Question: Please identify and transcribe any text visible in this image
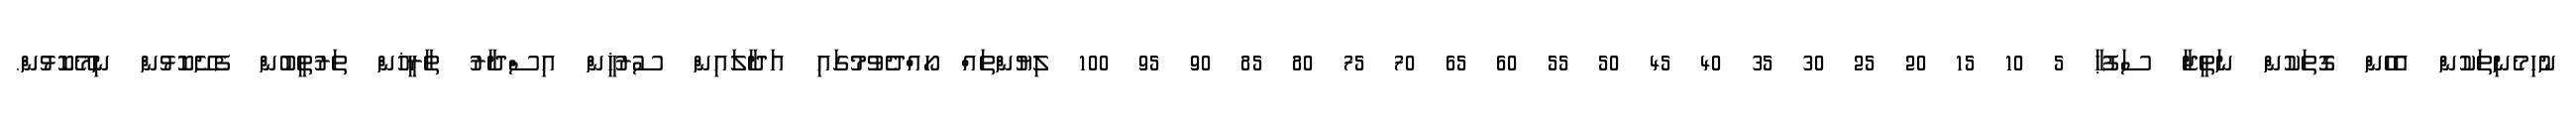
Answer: ނުހިމެނިތަކުން އެހެން ގޮތަކުން ނަތީޖާ ސަފުޙާ 5 10 15 20 25 30 35 40 45 50 55 60 65 70 75 80 85 90 95 100 ލިޔުންތައް ހޯއްދެވުމުގައި އަދާލައިން ސުރުޚީން އިސްދާރު ތާރީޚުން ތަރުތީބުން ފެށޭކޮޅުން ނިމޭކޮޅުން.